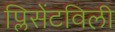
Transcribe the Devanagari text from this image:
प्लिसेंटविली